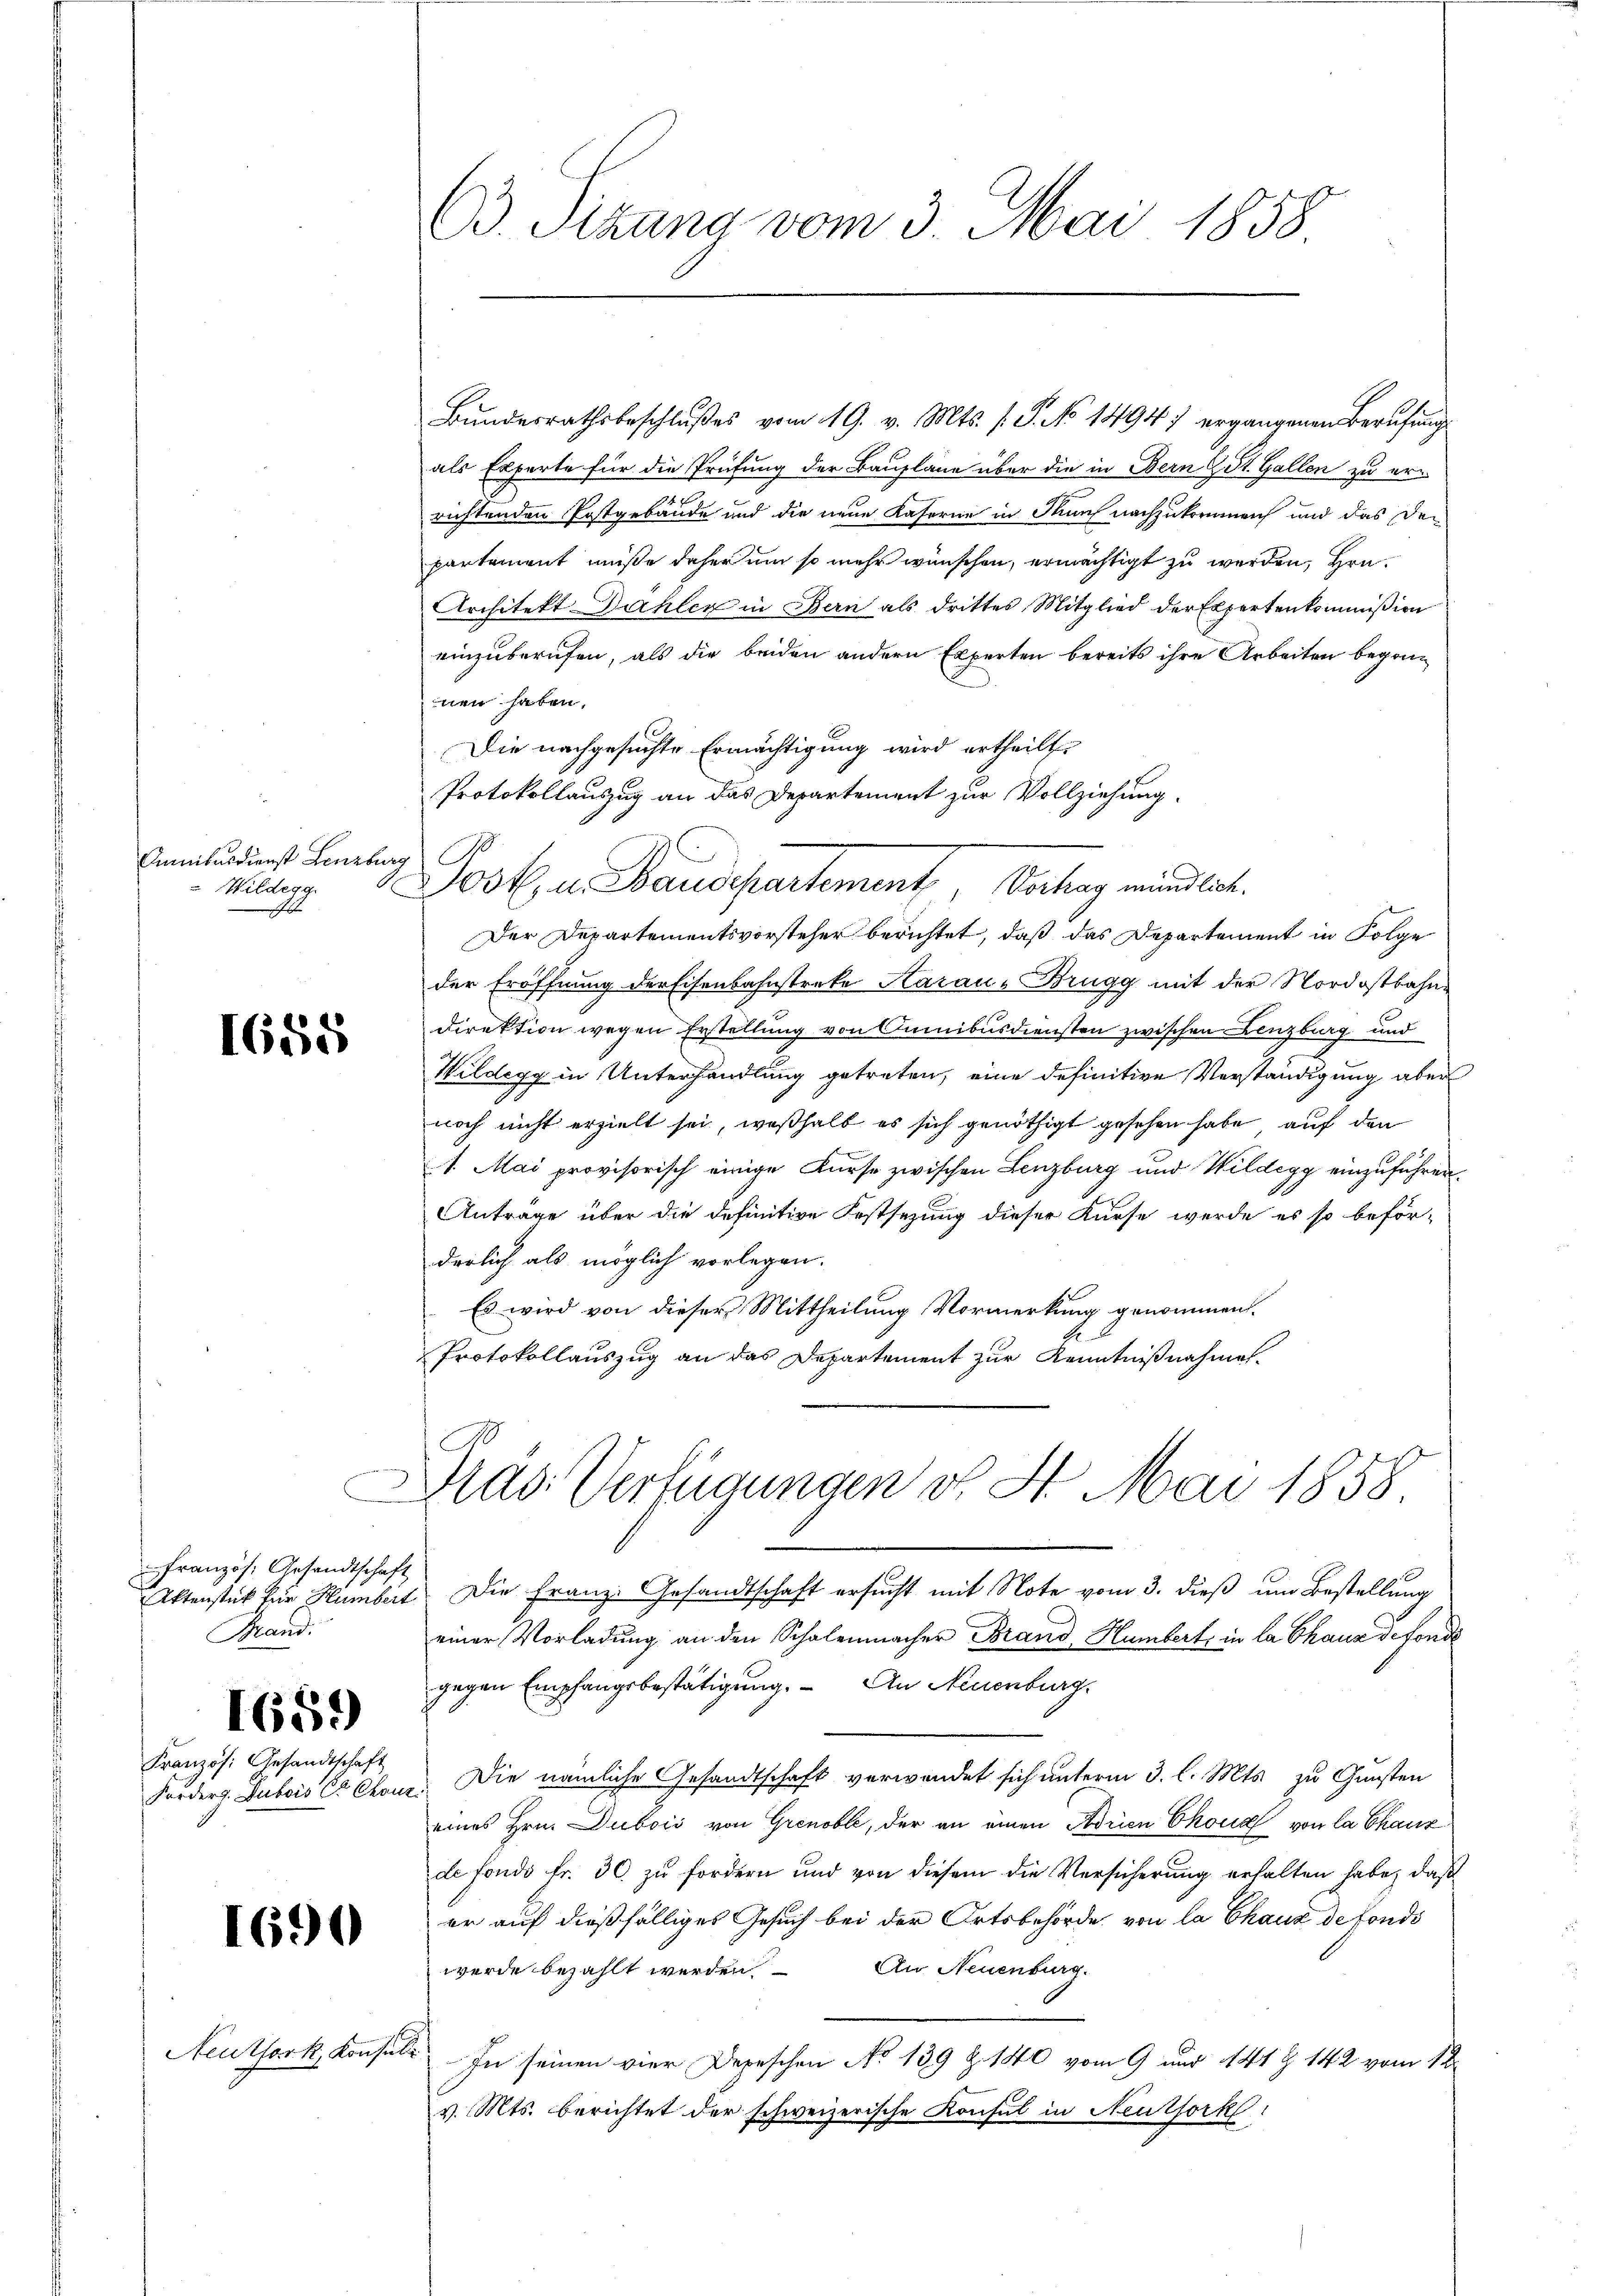
Ammbardienst Lenzbur
Wildegg
s

1655

Französ. Gesandtschaft
Brand.

Französ. Gesandtschaft
Forders. Dubois ce Con

1659

1690

Neuthork, Konsul

B. Sizung vom 3. Mai 1858

als Experte für die Prüfung der Bauplane über die in Bern St. Gallen zu er-
richtenden Postgebäude und die neue Kaferne in Thun nachzukommen und das den
partement müße daher um so mehr wünschen, ermächtigt zu werden, Hrn.
Architekt Dähler in Bern als drittes Mitglied der Expertenkommißion
einzuberufen, als die beiden andern Experten bereits ihre Arbeiten begonn
nen haben.
Die nachgesuchte Ermächtigung wird ertheilt.
Protokollauszug an das Departement zur Vollziehung.
2
Der Departementsvorsteher berichtet, daß das Departement in Folge
der Eröffnung der Eisenbahnstreke Harau - Brugg mit der Nordostbahne
Direktion wegen Erstellung von Aumibusdiensten zwischen Lenzburg und
Hildegg in Unterhandlung getreten, eine definitive Verständigung aber
noch nicht erzielt sei, weßhalb es sich genöthigt gesehen habe, auf den
1. Mai provisorisch einige Kurse zwischen Lenzburg und Wildegg einzuführen.
Anträge über die definitive Festsezung dieser Kurse werde es so beför-
derlich als möglich vorlegen.
Es wird von dieser Mittheilung Vormerkung genommen.
Protokollauszug an das Departement zur Kenntnißnahmen.

Bundesrathsbeschlußes vom 19. v. Mts. f. P. No 1494) ergangenen Berufung

Post u. Baudepartement, Vertrag meindlich.

Dras Verfügungen v. St. Mai 1858

Aktenstück für Humbeit. Die Franz: Gesandtschaft ersucht mit Note vom 3. dieß um Bestellung
einer Vorladung an den Schalenmacher Brand Humbert, in la Chaux de fonde
gegen Empfangsbestätigung. An Neuenburg.
Die nämliche Gesandtschaft verwendet sich unterm 3. l. Mts. zu Gunsten
eines Hrn. Dubois von Grenoble, der an einen Adrien Choud von la chanz
de fonds fr. 30. zu fordern und von diesem die Versicherung erhalten habe, daß
er auf dießfälliges Gesuch bei der Ortsbehörde von la Chaux de fonds
Au Neuenburg.
werde bezahlt werden.
In seinen vier Depeschen No 139 Z. 140 vom 9 und 141 Z 142 vom 18.
v. Mts. berichtet der schweizerische Konsul in Neuthork